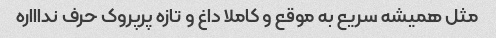
مثل همیشه سریع به موقع و کاملا داغ و تازه پرپروک حرف نداااره